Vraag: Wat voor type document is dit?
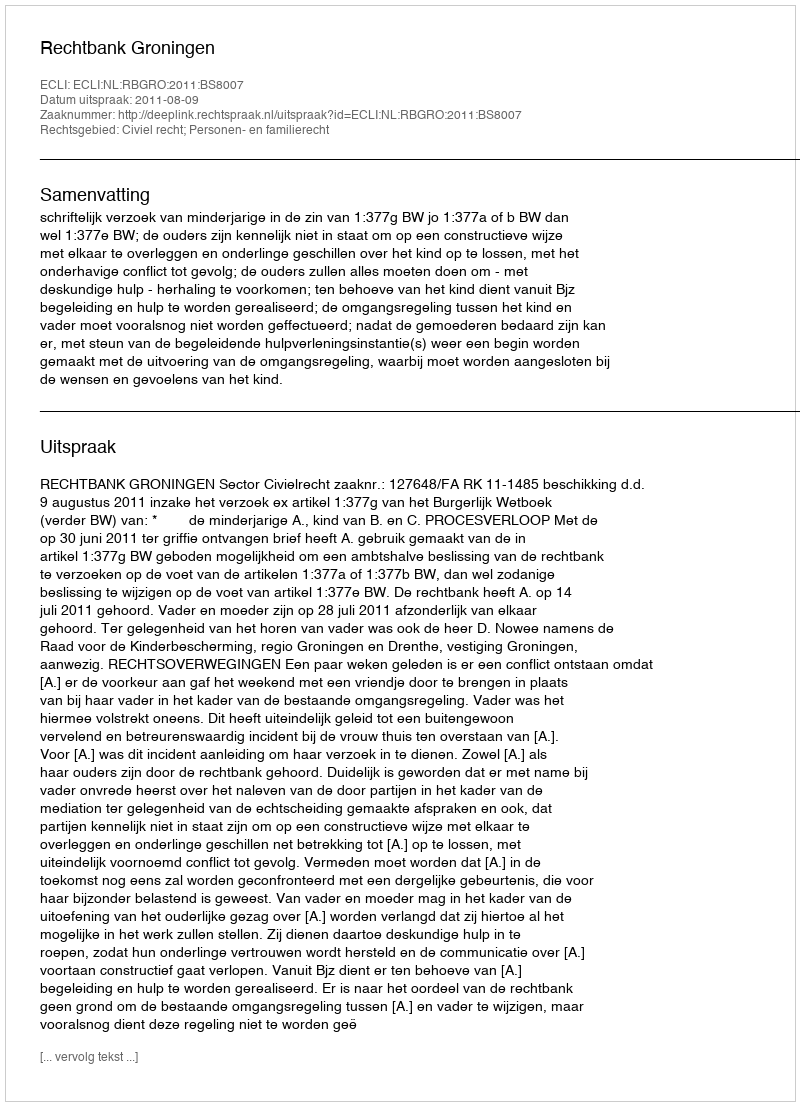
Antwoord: Uitspraak